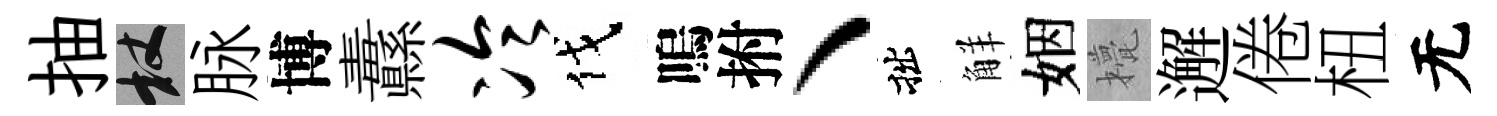
抽杖脉博纛冷伐嗚拊丶拙觧姻甍邂倦杻无